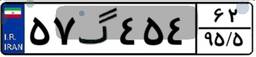
۲۹گ۱۹۵۶۹